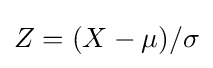
Z=(X-\mu )/\sigma